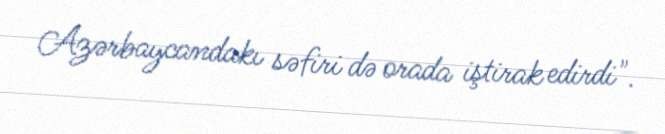
Azərbaycandakı səfiri də orada iştirak edirdi".